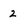
Character: 2